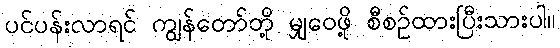
ပင်ပန်းလာရင် ကျွန်တော်တို့ မျှဝေဖို့ စီစဉ်ထားပြီးသားပါ။